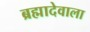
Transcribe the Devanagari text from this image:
ब्रह्मादेवाला